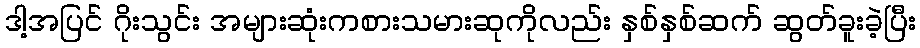
ဒါ့အပြင် ဂိုးသွင်း အများဆုံးကစားသမားဆုကိုလည်း နှစ်နှစ်ဆက် ဆွတ်ခူးခဲ့ပြီး